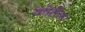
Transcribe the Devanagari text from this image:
कोसैला